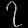
Digit: ၇